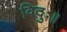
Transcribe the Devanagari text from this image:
विदुः॥